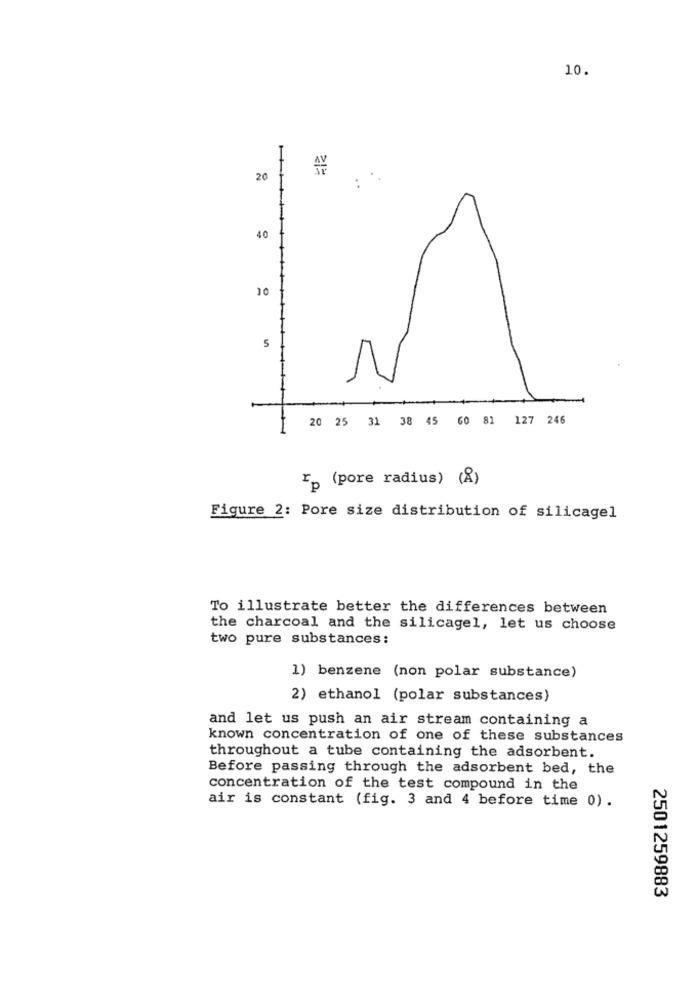
10.
20
40
10
5
20 25 31 38 45 60 81 127 246
1
rp (pore radius) (8)
Figure 2: Pore size distribution of silicagel
To illustrate better the differences between
the charcoal and the silicagel, let us choose
two pure substances:
1) benzene (non polar substance)
2) ethanol (polar substances)
and let us push an air stream containing a
known concentration of one of these substances
throughout a tube containing the adsorbent.
Before passing through the adsorbent bed, the
concentration of the test compound in the
air is constant (fig. 3 and 4 before time 0) .
2501259883